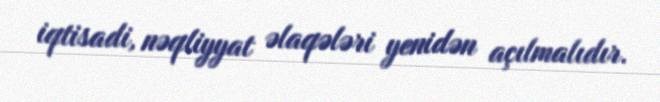
iqtisadi, nəqliyyat əlaqələri yenidən açılmalıdır.